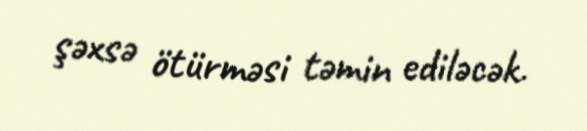
şəxsə ötürməsi təmin ediləcək.